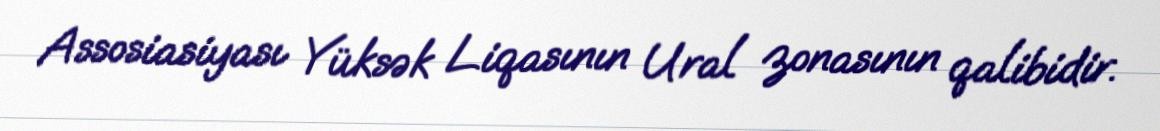
Assosiasiyası Yüksək Liqasının Ural zonasının qalibidir.